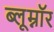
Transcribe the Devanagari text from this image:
ब्लूम्नॉर